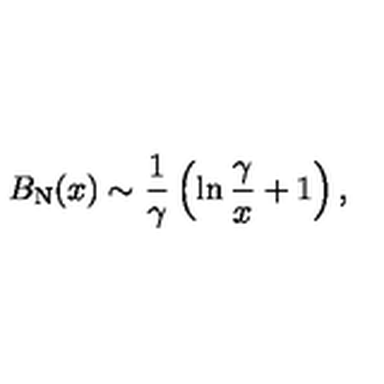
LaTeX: B _ { \mathrm { N } } ( x ) \sim { \frac { 1 } { \gamma } } \left( \ln { \frac { \gamma } { x } } + 1 \right) ,